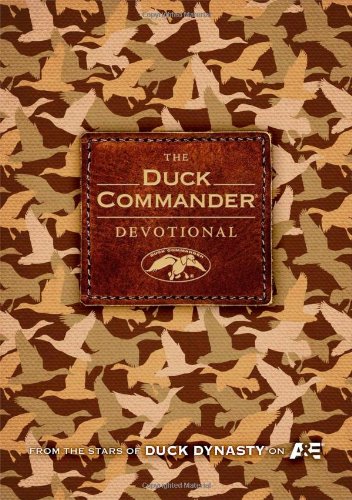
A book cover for The Duck Commander Devotional; Al Robertson; Religion & Spirituality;